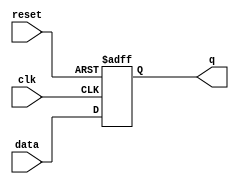
module edge_sensitive_ff (
    input wire clk,        // Clock signal
    input wire reset,      // Reset signal (active high)
    input wire [3:0] data, // Input data signal
    output reg [3:0] q     // Output register
);

// Asynchronous reset with synchronous clock behavior
always @(posedge clk or posedge reset) begin
    if (reset) begin
        // Initialization logic: reset output to known value
        q <= 4'b0000; // Reset output to 0
    end else begin
        // State update logic: capture input data on positive edge
        q <= data; // Update output with input data
    end
end

endmodule